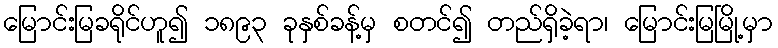
မြောင်းမြခရိုင်ဟူ၍ ၁၈၉၃ ခုနှစ်ခန့်မှ စတင်၍ တည်ရှိခဲ့ရာ၊ မြောင်းမြမြို့မှာ